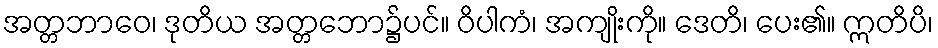
အတ္တဘာဝေ၊ ဒုတိယ အတ္တဘော၌ပင်။ ဝိပါကံ၊ အကျိုးကို။ ဒေတိ၊ ပေး၏။ ဣတိပိ၊